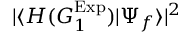
| \langle { H ( G _ { 1 } ^ { \mathrm { E x p } } ) } | { \Psi _ { f } } \rangle | ^ { 2 }